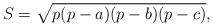
\begin{align*}S=\sqrt{p(p-a)(p-b)(p-c)},\end{align*}